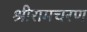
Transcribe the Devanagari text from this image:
श्रीरामचरण